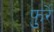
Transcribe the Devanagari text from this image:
फुर्रे